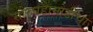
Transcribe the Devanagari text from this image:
सौरघडामोडींचा